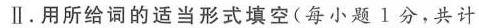
Ⅱ.用所给词的适当形式填空(每小题 1分,共计